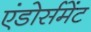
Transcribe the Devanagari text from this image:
एंडोर्समेंट